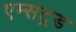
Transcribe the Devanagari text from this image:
एम्सट्रड